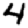
Digit: 4